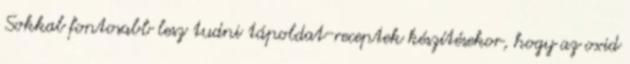
Sokkal fontosabb lesz tudni tápoldat-receptek készítésekor, hogy az oxid